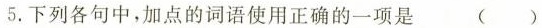
5.下列各句中，加点的词语使用正确的一项是 ()